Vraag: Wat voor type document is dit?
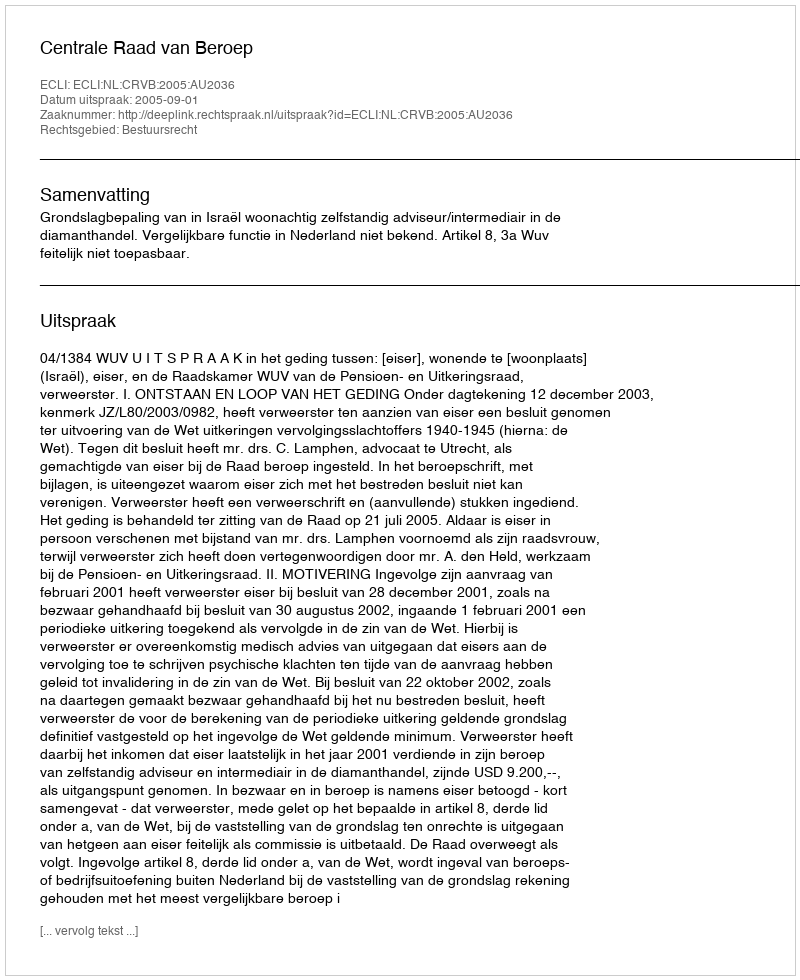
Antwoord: Uitspraak